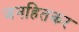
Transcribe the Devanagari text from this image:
जनहितकर